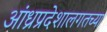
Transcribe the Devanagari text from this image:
आंध्रप्रदेशालगतच्या